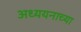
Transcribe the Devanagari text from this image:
अध्ययनाच्या